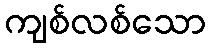
ကျစ်လစ်သော